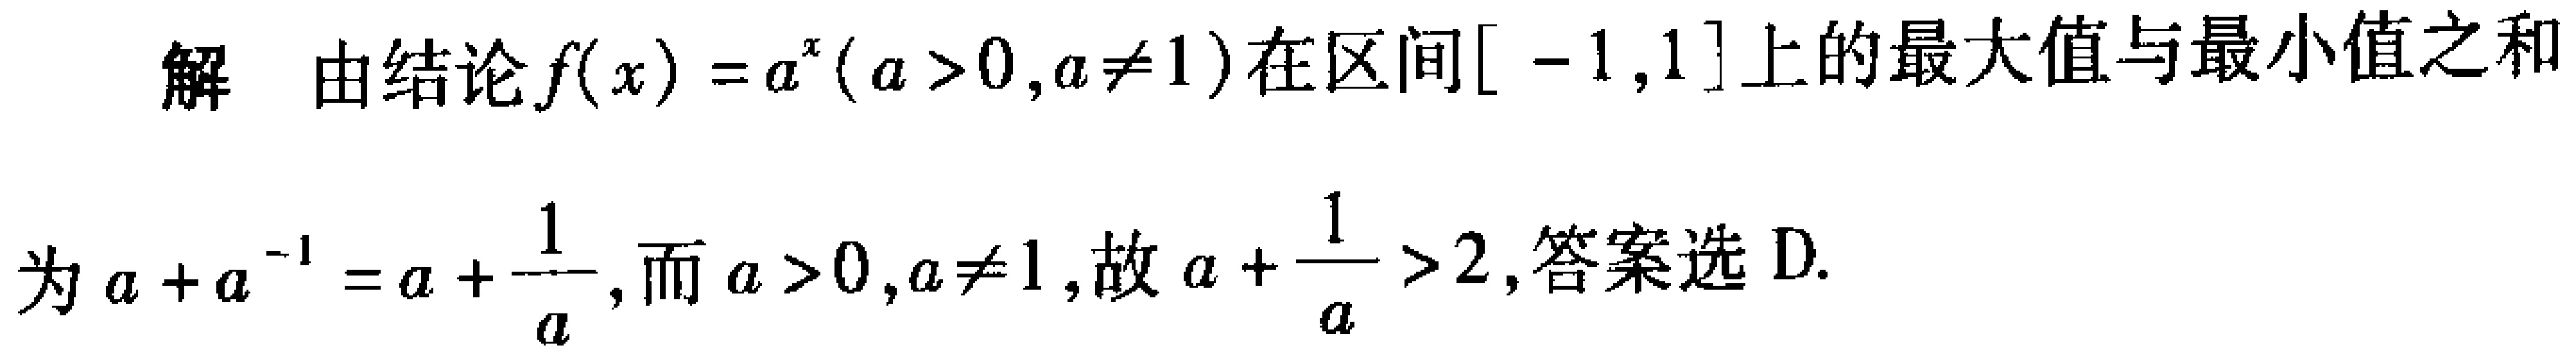
解 由结论\(f(x)=a^{x}(a > 0,a\neq1)\)在区间\([-1,1]\)上的最大值与最小值之和为\(a + a^{-1}=a+\frac{1}{a}\)，而\(a > 0,a\neq1\)，故\(a+\frac{1}{a}>2\)，答案选D.